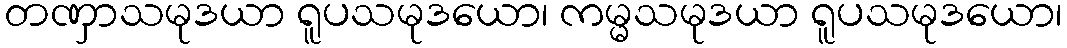
တဏှာသမုဒယာ ရူပသမုဒယော၊ ကမ္မသမုဒယာ ရူပသမုဒယော၊